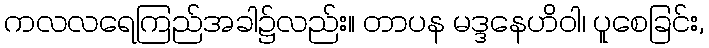
ကလလရေကြည်အခါ၌လည်း။ တာပန မဒ္ဒနေဟိဝါ၊ ပူစေခြင်း,